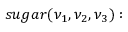
s u g a r ( \nu _ { 1 } , \nu _ { 2 } , \nu _ { 3 } ) :